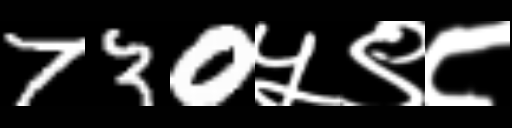
Text: 730५९८